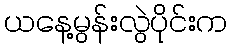
ယနေ့မွန်းလွဲပိုင်းက